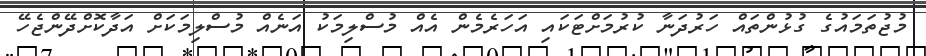
މުޖުތަމައުގެ ގުޅުންތައް ހަރުދަނާ ކުރުމަށްޓަކައި އަހަރެމެން އެއް މުސްލިމަކު އަނެއް މުސްލިމަކަށް އަދާކޮށްދޭންޖެހޭ